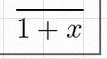
\frac{1}{1+x}